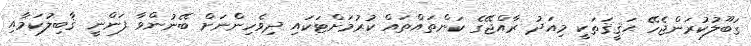
ގަބޫލުކުރަންޖެހޭ ޙަޤީޤަތަކީ މިއަދު ރާއްޖޭގެ ކަންތައްތައް ކުރުމަށްޓަކައި ދިވެހިންނަށް ބޭނުންވާ ފަންނީ ޤާބިލުކަމާއި